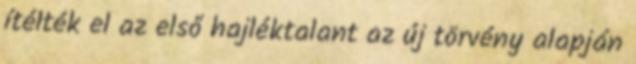
ítélték el az első hajléktalant az új törvény alapján